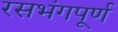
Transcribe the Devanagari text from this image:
रसभंगपूर्ण